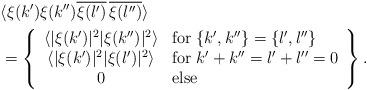
LaTeX: \begin{align*}\lefteqn{\langle\xi(k')\xi(k'')\overline{\xi(l')}\,\overline{\xi(l'')}\rangle}\\&=\left\{\begin{array}{cl}\langle|\xi(k')|^2|\xi(k'')|^2\rangle&\mbox{for}\;\{k',k''\}=\{l',l''\}\\\langle|\xi(k')|^2|\xi(l')|^2\rangle&\mbox{for}\;k'+k''=l'+l''=0\\0&\mbox{else}\end{array}\right\}.\end{align*}